Vaccination in Burma 1920-1933 - 1920-1933
Year: 1920
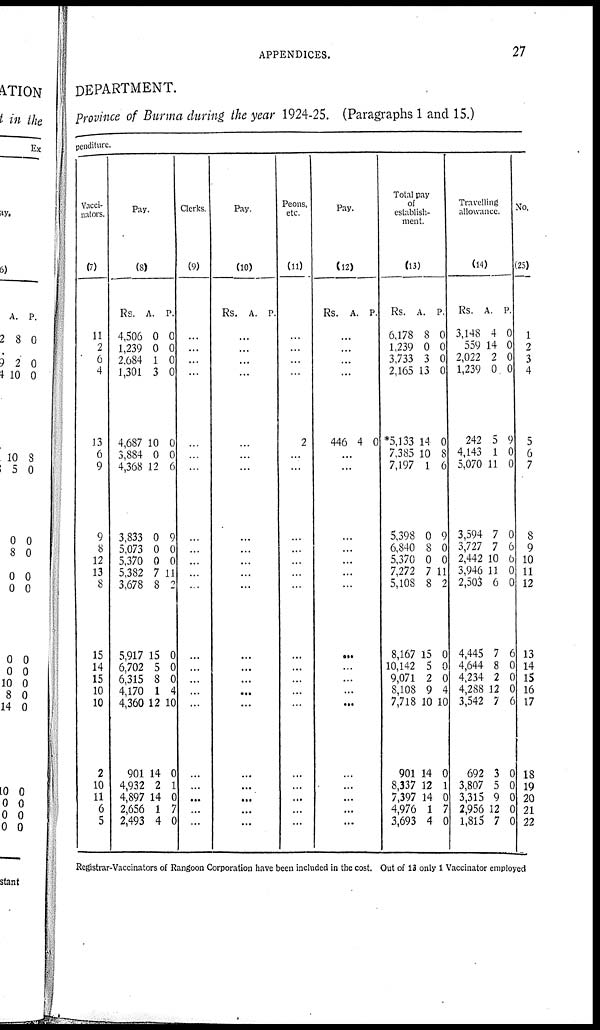
APPENDICES.
27
DEPARTMENT.
Province of Burma during the year 1924-25. (Paragraphs 1 and 15.)
penditure.
Vacci-
nators.
(7)
11
2
6
4
13
6
9
9
8
12
13
8
15
14
15
10
10
2
10
11
6
5
Pay.
(8)
Rs.
4,506
1,239
2,684
1,301
4,687
3,884
4,368
3,833
5,073
5,370
5,382
3,678
5,917
6,702
6,315
4,170
4,360
901
4,932
4,897
2,656
2,493
A.
0
0
1
3
10
0
12
0
0
0
7
8
15
5
8
1
12
14
2
14
1
4
P.
0
0
0
0
0
0
6
9
0
0
11
2
0
0
0
4
10
0
1
0
7
0
Clerks.
(9)
...
...
...
...
...
...
...
...
...
...
...
...
...
...
...
...
...
...
...
...
...
...
Pay.
(10)
Rs. A. P.
...
...
...
...
...
...
...
...
...
...
...
...
...
...
...
...
...
...
...
...
...
...
Peons,
etc.
(11)
...
...
...
...
2
...
...
...
...
...
...
...
...
...
...
...
...
...
...
...
...
...
Pay.
(12)
Rs. A. P.
...
...
...
...
446 4 0
...
...
...
...
...
...
...
...
...
...
...
...
...
...
...
...
...
Total pay
of
establish-
ment.
(13)
Rs.
6,178
1,239
3,733
2,165
*5,133
7,385
7,197
5,398
6,840
5,370
7,272
5,108
8,167
10,142
9,071
8,108
7,718
901
8,337
7,397
4,976
3,693
A.
8
0
3
13
14
10
1
0
8
0
7
8
15
5
2
9
10
14
12
14
1
4
P.
0
0
0
0
0
8
6
9
0
0
11
2
0
0
0
4
10
0
1
0
7
0
Travelling
allowance.
(14)
Rs.
3,148
559
2,022
1,239
242
4,143
5,070
3,594
3,727
2,442
3,946
2,503
4,445
4,644
4,234
4,288
3,542
692
3,807
3,315
2,956
1,815
A.
4
14
2
0
5
1
11
7
7
10
11
6
7
8
2
12
7
3
5
9
12
7
P.
0
0
0
0
9
0
0
0
6
6
0
0
6
0
0
0
6
0
0
0
0
0
No.
(25)
1
2
3
4
5
6
7
8
9
10
11
12
13
14
15
16
17
18
19
20
21
22
Registrar-Vaccinators of Rangoon Corporation have been included in the cost. Out of 13 only 1 Vaccinator employed